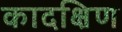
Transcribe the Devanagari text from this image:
कादक्षिण